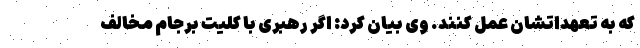
که به تعهداتشان عمل کنند. وی بیان کرد: اگر رهبری با کلیت برجام مخالف